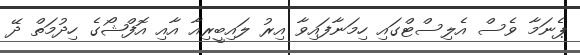
ޕެނަމާ ވެސް އެލިސްޓްގައި ހިމަނާފައިވާ އިރު ލައިބީރިއާ އާއި އޮފްޝޯގެ ހިދުމަތް ދޭ